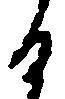
る